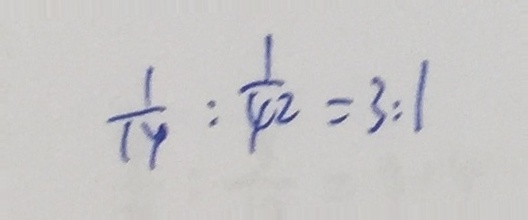
\frac { 1 } { 1 4 } : \frac { 1 } { 4 2 } = 3 : 1